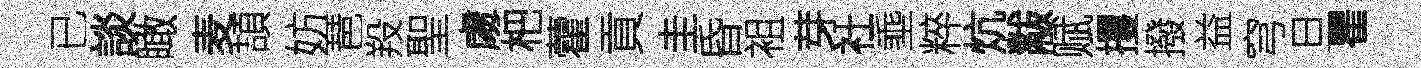
已談瞰麦頡妨琶羖聖䖏杷藿貢圭昏袓芽社埀粹炕黻赋攫撥益穹旦瞿